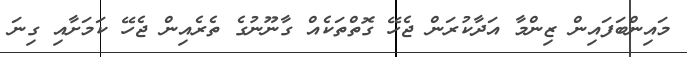
މައިންބަފައިން ޒިންމާ އަދާކުރަން ޖެހޭ ގޮތްތަކެއް ގާނޫނުގެ ތެރެއިން ޖެހޭ ކަމަށާއި ގިނަ